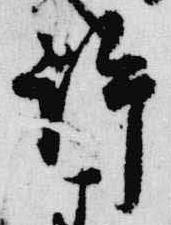
許